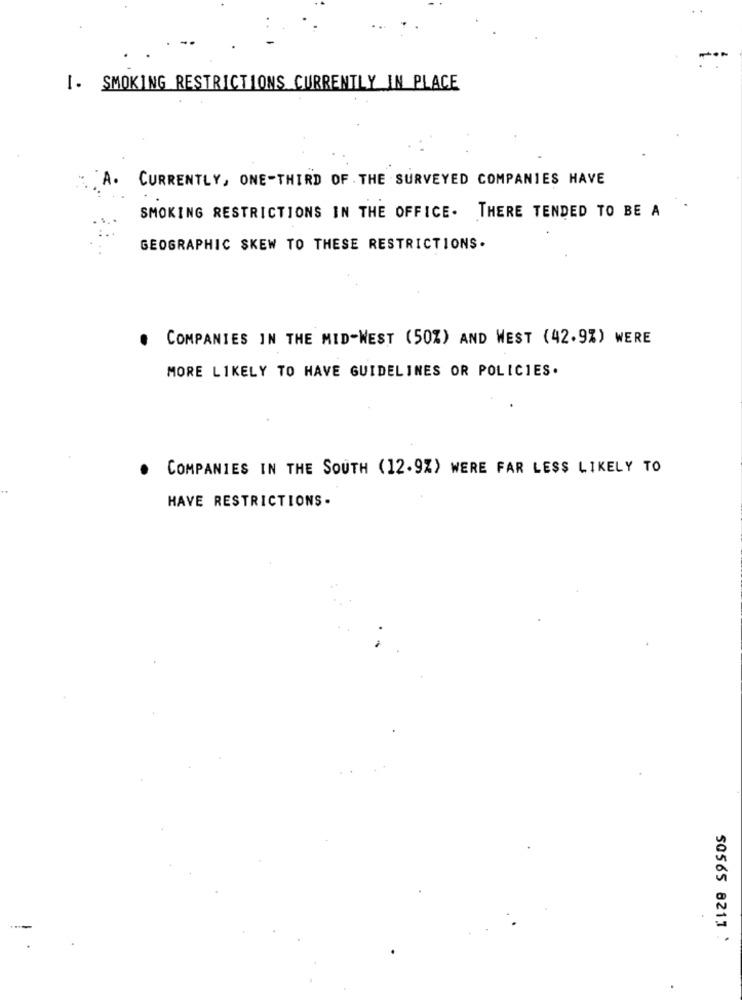
I. SMOKING RESTRICTIONS CURRENTLY IN PLACE
CURRENTLY, ONE-THIRD OF THE SURVEYED COMPANIES HAVE
SMOKING RESTRICTIONS IN THE OFFICE. THERE TENDED TO BE A
GEOGRAPHIC SKEW TO THESE RESTRICTIONS.
.
COMPANIES IN THE MID-WEST (50%) AND WEST (42.9%) WERE
MORE LIKELY TO HAVE GUIDELINES OR POLICIES.
COMPANIES IN THE SOUTH (12.9%) WERE FAR LESS LIKELY TO
HAVE RESTRICTIONS-
50565 8211 :